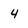
Character: 4